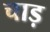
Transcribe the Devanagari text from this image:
चाड़